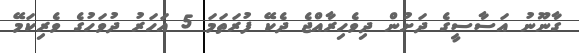
ގާނޫނު އަސާސީގެ ދަށުން ދިވެހިރާއްޖެ ދެކޭ ފުރަތަމަ 5 އަހަރު ދުވަހުގެ ވެރިކަމޭ